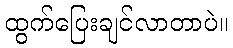
ထွက်ပြေးချင်လာတာပဲ။